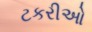
ટકરીઓ